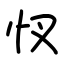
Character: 㣾